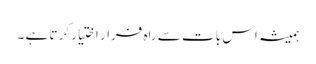
ہمیشہ اس بات سے راہ فرار اختیار کرتا ہے ۔